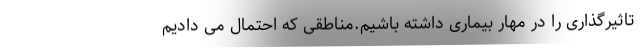
تاثیرگذاری را در مهار بیماری داشته باشیم.مناطقی که احتمال می دادیم